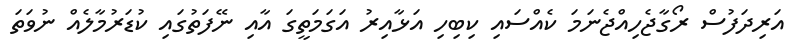
އަރިދަފުސް ރޯގާޖެހިއްޖެނަމަ ކެއްސައި ކިބިހި އަޅާއިރު އަގަމަތީގަ އާއި ނޭފަތުގައި ކުޑަރުމާލެއް ނުވަތަ